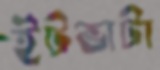
ইটভাটা